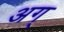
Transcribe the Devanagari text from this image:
अग्